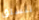
نتسلق